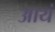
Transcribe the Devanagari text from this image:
आयं